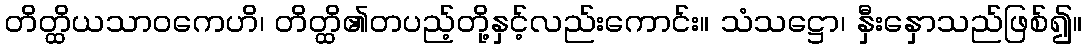
တိတ္ထိယသာဝကေဟိ၊ တိတ္ထိ၏တပည့်တို့နှင့်လည်းကောင်း။ သံသဋ္ဌော၊ နှီးနှောသည်ဖြစ်၍။